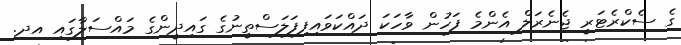
ގެ ސެކްރެޓަރީ ޖެނެރަލް އެންމެ ފަހުން ވާހަކަ ދައްކަވައިފިފަލަސްތީނުގެ ގައިދީންގެ މައްސަލާގައި އދ.